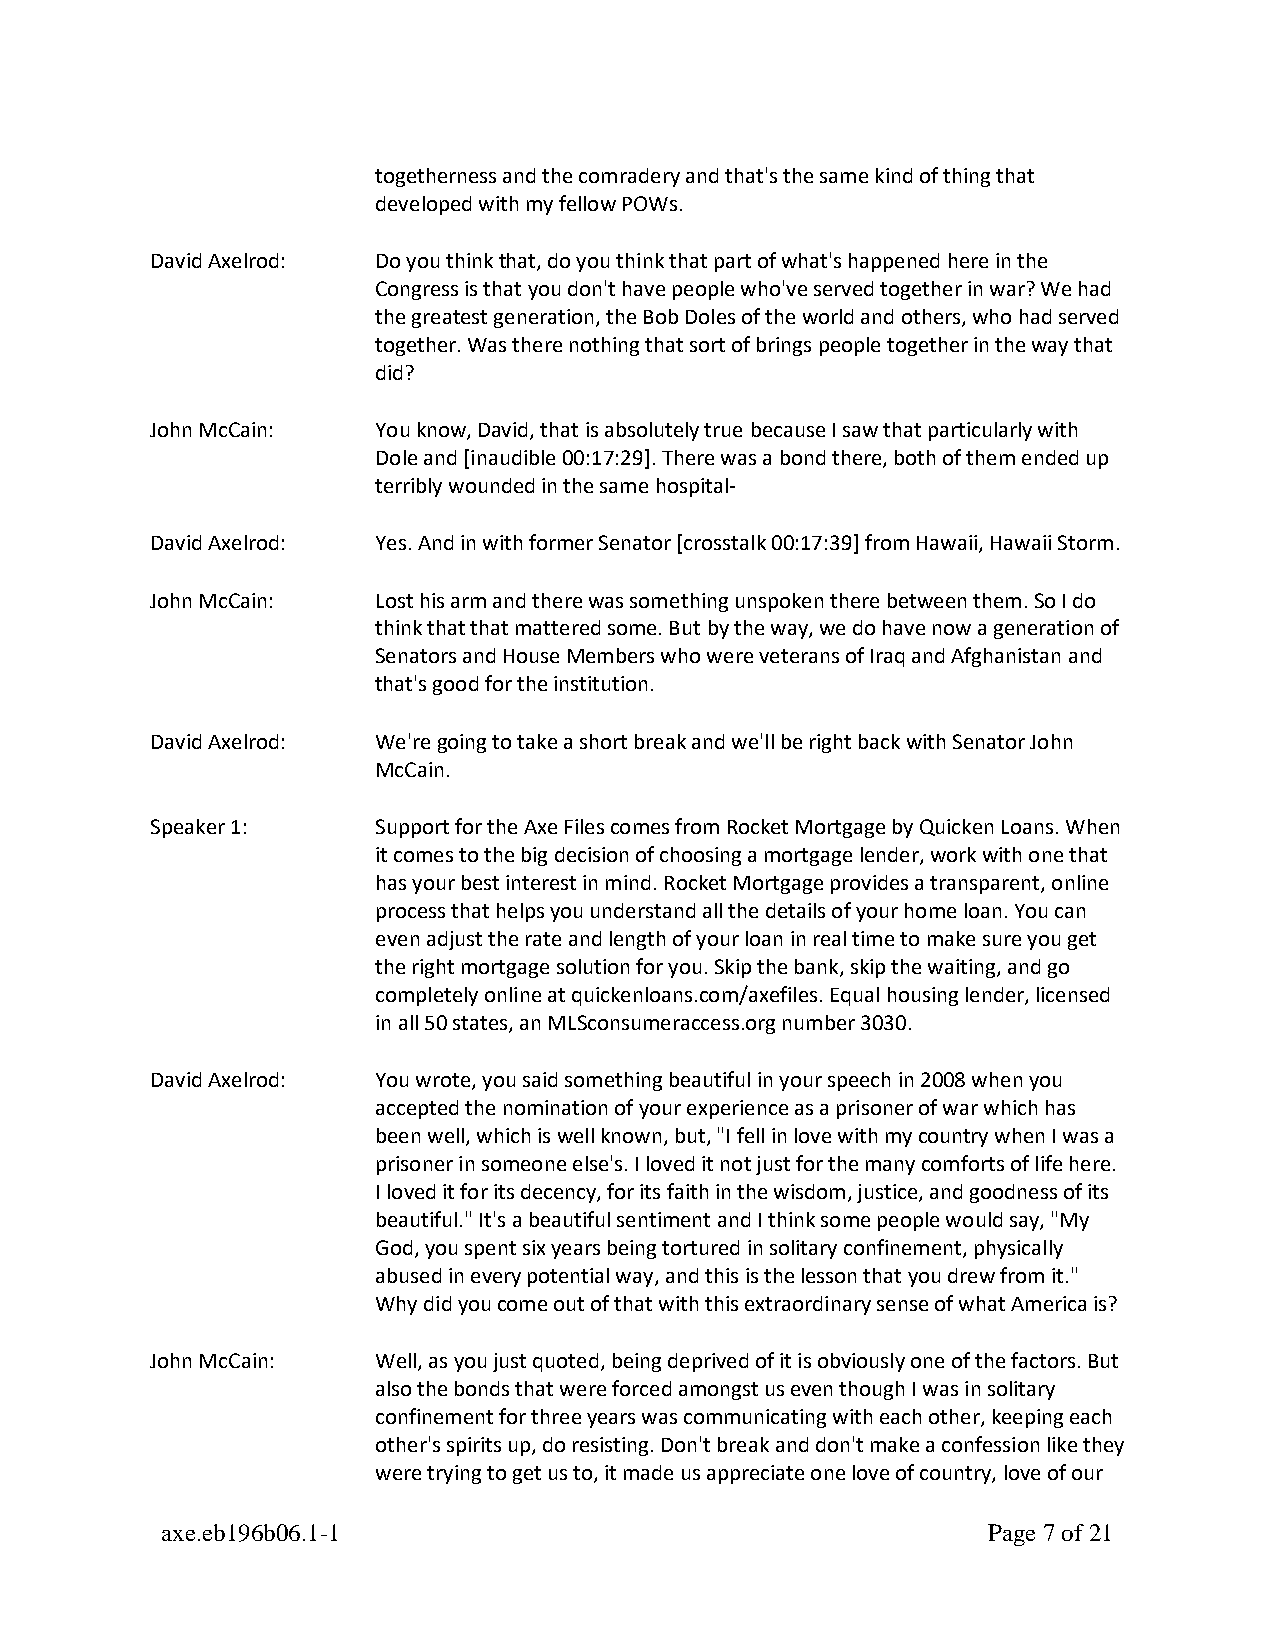
togetherness and the comradery and that's the same kind of thing that
 developed with my fellow POWs.
 David Axelrod: Do you think that, do you think that part of what's happened here in the
 Congress is that you don't have people who've served together in war? We had
 the greatest generation, the Bob Doles of the world and others, who had served
 together. Was there nothing that sort of brings people together in the way that
 did?
 John McCain:   You know, David, that is absolutely true because I saw that particularly with
 Dole and [inaudible 00:17:29]. There was a bond there, both of them ended up
 terribly wounded in the same hospital-
 David Axelrod: Yes. And in with former Senator [crosstalk 00:17:39] from Hawaii, Hawaii Storm.
 John McCain:   Lost his arm and there was something unspoken there between them. So I do
 think that that mattered some. But by the way, we do have now a generation of
 Senators and House Members who were veterans of Iraq and Afghanistan and
 that's good for the institution.
 David Axelrod: We're going to take a short break and we'll be right back with Senator John
 McCain.
 Speaker 1:     Support for the Axe Files comes from Rocket Mortgage by Quicken Loans. When
 it comes to the big decision of choosing a mortgage lender, work with one that
 has your best interest in mind. Rocket Mortgage provides a transparent, online
 process that helps you understand all the details of your home loan. You can
 even adjust the rate and length of your loan in real time to make sure you get
 the right mortgage solution for you. Skip the bank, skip the waiting, and go
 completely online at quickenloans.com/axefiles. Equal housing lender, licensed
 in all 50 states, an MLSconsumeraccess.org number 3030.
 David Axelrod: You wrote, you said something beautiful in your speech in 2008 when you
 accepted the nomination of your experience as a prisoner of war which has
 been well, which is well known, but, "I fell in love with my country when I was a
 prisoner in someone else's. I loved it not just for the many comforts of life here.
 I loved it for its decency, for its faith in the wisdom, justice, and goodness of its
 beautiful." It's a beautiful sentiment and I think some people would say, "My
 God, you spent six years being tortured in solitary confinement, physically
 abused in every potential way, and this is the lesson that you drew from it."
 Why did you come out of that with this extraordinary sense of what America is?
 John McCain:   Well, as you just quoted, being deprived of it is obviously one of the factors. But
 also the bonds that were forced amongst us even though I was in solitary
 confinement for three years was communicating with each other, keeping each
 other's spirits up, do resisting. Don't break and don't make a confession like they
 were trying to get us to, it made us appreciate one love of country, love of our
 axe.eb196b06.1-1                                      Page 7 of 21